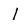
Character: l